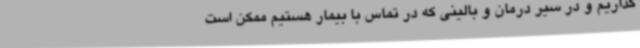
گذاریم و در سیر درمان و بالینی که در تماس با بیمار هستیم ممکن است